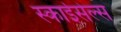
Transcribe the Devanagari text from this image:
स्काईसेल्स